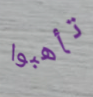
تأهبوا